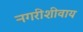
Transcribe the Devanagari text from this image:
नगरीशीवाय